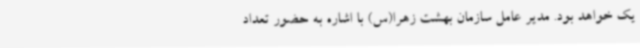
یک خواهد بود. مدیر عامل سازمان بهشت زهرا(س) با اشاره به حضور تعداد